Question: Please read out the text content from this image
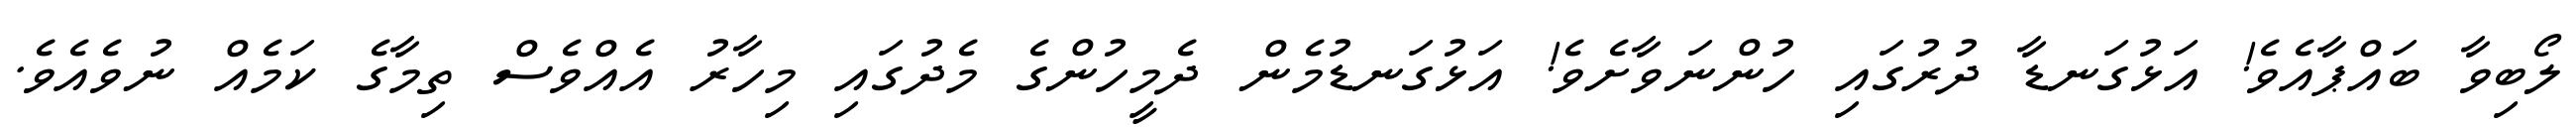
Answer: ލޯބިވާ ބައްޕާއެވެ! އަޅުގަނޑާ ދުރުގައި ހުންނަވާށެވެ! އަޅުގަނޑުމެން ދެމީހުންގެ މެދުގައި މިހާރު އެއްވެސް ތިމާގެ ކަމެއް ނުވެއެވެ.